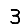
Digit: 3